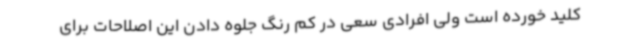
کلید خورده است ولی افرادی سعی در کم رنگ جلوه دادن این اصلاحات برای